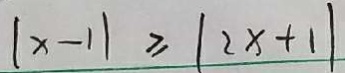
\vert x - 1 \vert \geq \vert 2 x + 1 \vert